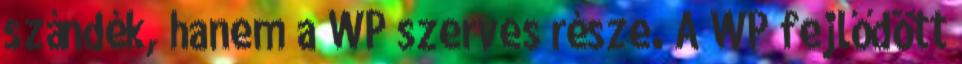
szándék, hanem a WP szerves része. A WP fejlődött